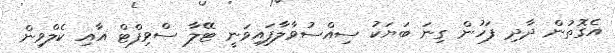
އެގޮތުން ދާދި ފަހުން ގިނަ ބަޔަކު ސިއްސުވާލާފައިވަނީ ޓޭލާ ސްވިފްޓް އާއި ކެލްވިން